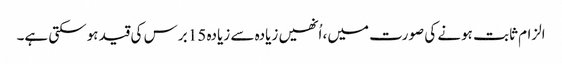
الزام ثابت ہونے کی صورت میں، اُنھیں زیادہ سے زیادہ 15 برس کی قید ہوسکتی ہے۔